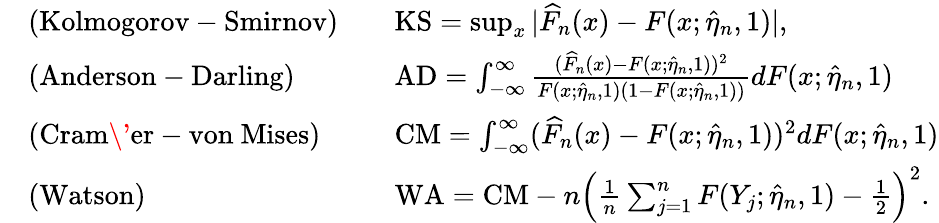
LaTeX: \begin{array}{rlrl}&{\mathrm{(Kolmogorov-Smirnov)}}&&{\mathrm{KS}=\operatorname*{sup}_{x}|\widehat F_{n}(x)-F(x;\widehat\eta_{n},1)|,}\\ &{\mathrm{(Anderson-Darling)}}&&{\mathrm{AD}=\int_{-\infty}^{\infty}\frac{(\widehat F_{n}(x)-F(x;\widehat\eta_{n},1))^{2}}{F(x;\widehat\eta_{n},1)(1-F(x;\widehat\eta_{n},1))}dF(x;\widehat\eta_{n},1)}\\ &{\mathrm{(Cram\' er-von~Mises)}}&&{\mathrm{CM}=\int_{-\infty}^{\infty}(\widehat F_{n}(x)-F(x;\widehat\eta_{n},1))^{2}dF(x;\widehat\eta_{n},1)}\\ &{\mathrm{(Watson)}}&&{\mathrm{WA}=\mathrm{CM}-n\Big(\frac 1n\sum_{j=1}^{n}F(Y_{j};\widehat\eta_{n},1)-\frac 12\Big)^{2}.}\end{array}